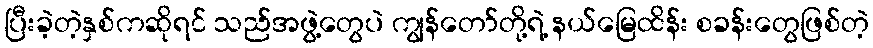
ပြီးခဲ့တဲ့နှစ်ကဆိုရင် သည်အဖွဲ့တွေပဲ ကျွန်တော်တို့ရဲ့ နယ်မြေထိန်း စခန်းတွေဖြစ်တဲ့